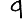
Digit: 9